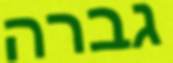
גברה